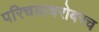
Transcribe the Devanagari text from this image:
परिचयाबरोबरच